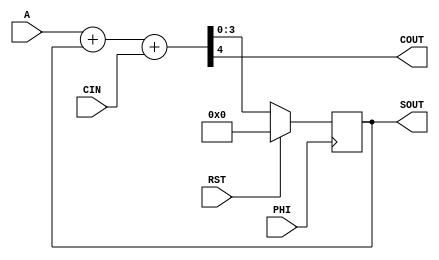
module accumulator_fa( PHI, RST, A, CIN, SOUT, COUT);

input PHI;
input RST;
input [3:0] A;
input CIN;
output reg[3:0] SOUT;
output COUT;

wire [3:0] B;
wire [4:0] S;

assign B = SOUT;
assign COUT=S[4];
assign S = A+B+CIN;

always @(posedge PHI)
begin
   if(RST)
     SOUT <= 4'h0;
   else
     SOUT <= S[3:0];
end

endmodule



module accumulator_ha( PHI, RST, CIN, SOUT, COUT);

input PHI;
input RST;
input CIN;
output reg[3:0] SOUT;
output COUT;

wire [3:0] B;
wire [4:0] S;

assign B = SOUT;
assign COUT=S[4];
assign S = B+CIN;

always @(posedge PHI)
begin
   if(RST)
     SOUT <= 4'h0;
   else
     SOUT <= S[3:0];
end

endmodule